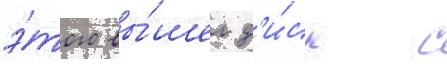
э́того вы́шел д'и́ск с